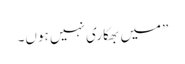
”میں بھکاری نہیں ہوں۔